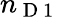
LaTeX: n_{\mathrm{~D~1~}}